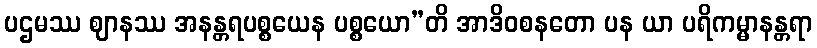
ပဌမဿ ဈာနဿ အနန္တရပစ္စယေန ပစ္စယော”တိ အာဒိဝစနတော ပန ယာ ပရိကမ္မာနန္တရာ